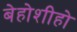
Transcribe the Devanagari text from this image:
बेहोशीहो